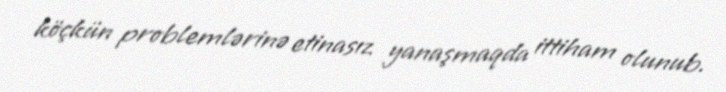
köçkün problemlərinə etinasız yanaşmaqda ittiham olunub.